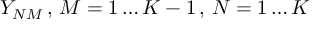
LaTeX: Y _ { N M } \, , \, M = 1 \ldots K - 1 \, , \, N = 1 \ldots K